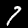
Label: 7